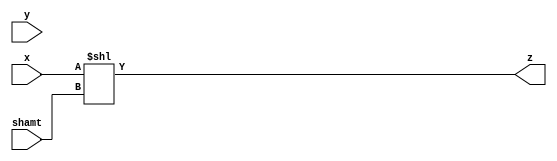
module alu_left_shifter #(
	parameter WIDTH = 8,
	parameter SHIFT = 3
) (
	input  [WIDTH-1:0] x,
	input  [WIDTH-1:0] y,
	input  [SHIFT-1:0] shamt,
	output [WIDTH-1:0] z
);

assign z = x << shamt;

endmodule